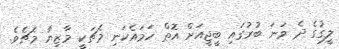
ލީގުގެ ދެ ވަނަ ބުރުގައި ބީޖީއަށް އޮތް ހަމައެކަނި މެޗަކީ މާޒިޔާ މެޗެވެ.